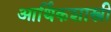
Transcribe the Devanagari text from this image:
आर्थिकशास्त्री